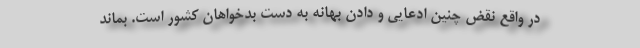
در واقع نقض چنین ادعایی و دادن بهانه به دست بدخواهان کشور است. بماند